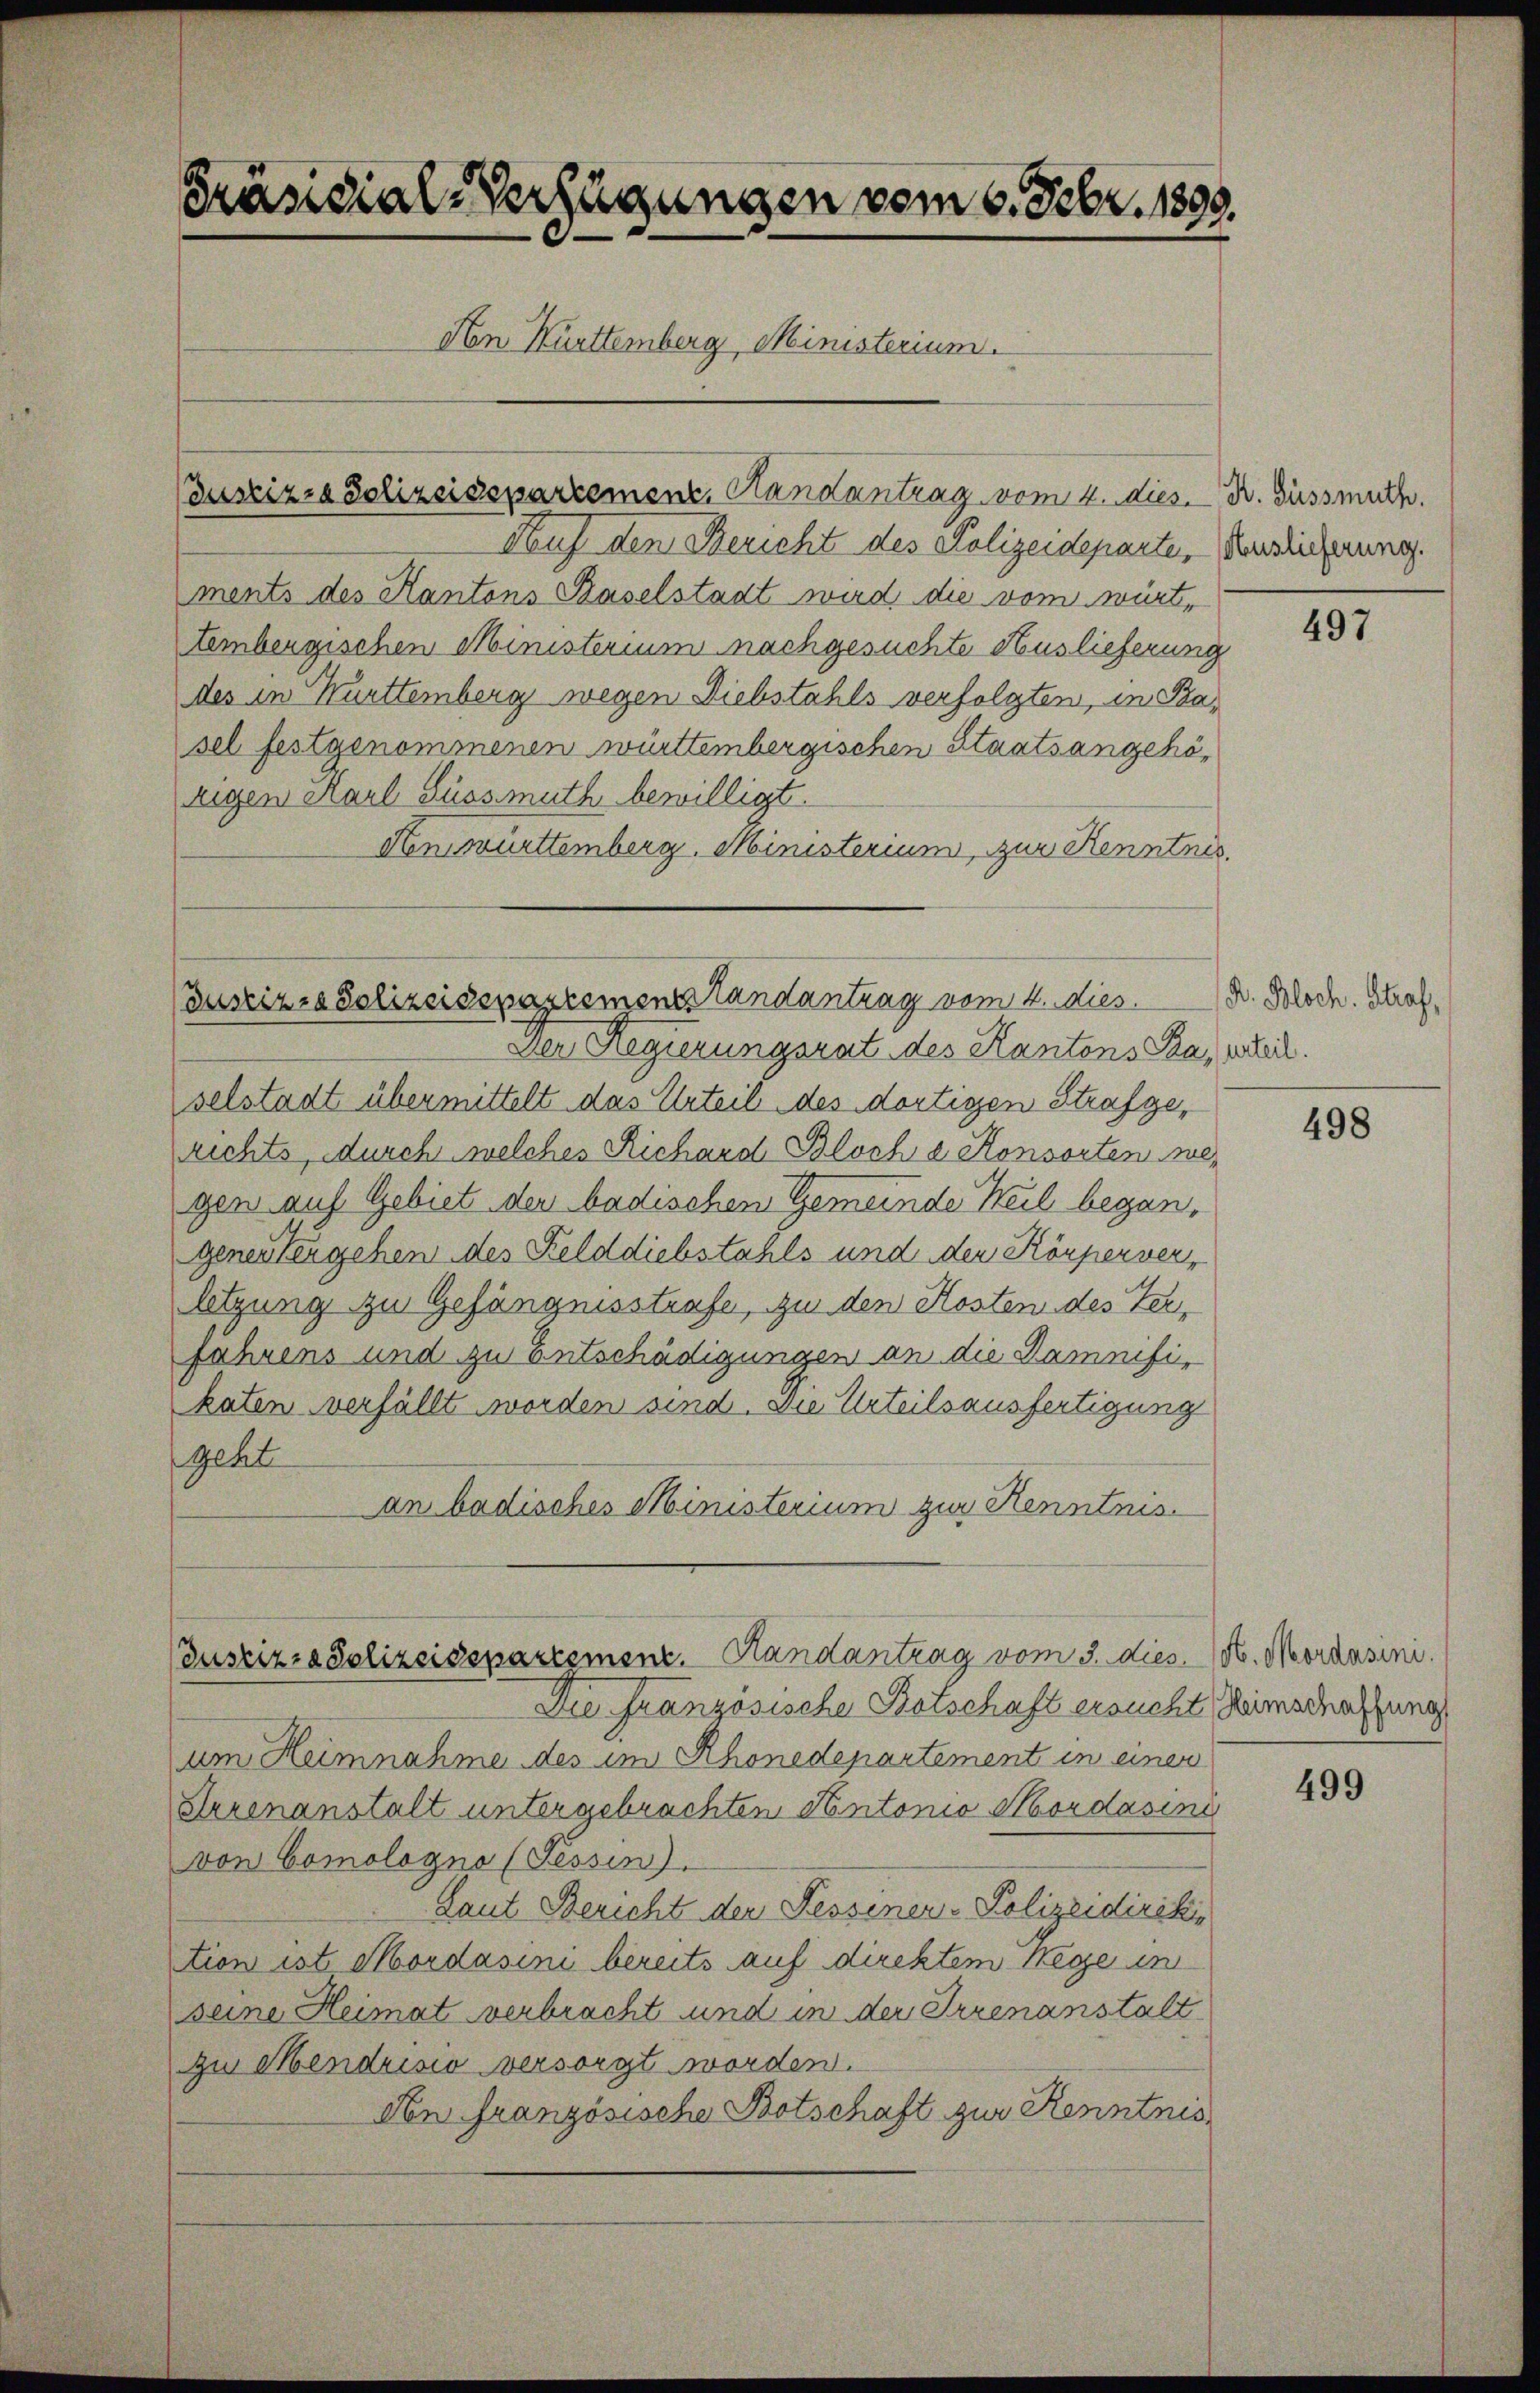
Präsidial-Verfügungen vom 6. Febr. 1899.
An Kurttemberg, Ministerium.
(Justizza Solizeidepartement, Handantrag vom 2. dies. Dr. Süssmuth.

Auf den Bericht des Polizeideparten Hauslieferung.
ments des Kantons Baselstadt wird, die vom württembergischen Ministerium nachgesuchte Auslieferung
des in Württemberg wegen Diebstahls verfolgten, in Basel festgenommenen württembergischen Staatsangehörigen Karl Lussmuth bewilligt.
Nenwürttemberg. Ministerium, zur Kenntnis.

Juszins Polizeidepartemenstandantrag vom 4. dies

Der Regierungsrat des Kantons Ba, petitl.
selstadt übermittelt das Urteil des dortigen Strafgerichts, durch welches Richard Bloch e Konsorten wegen auf Gebiet der badischen Gemeinde Weil begangenen Vergehen des Felddiebstahls und den Körperverletzung zu Gefängnisstrafe, zu den Kosten des Terfahrens und zu Entschädigungen an die Damnifikaten verfällt worden sind. Die Urteilsausfertigung
geht
an badisches Ministerium zur Kenntnis.

Die französische Botschaft ersucht Heimschaffung
um Heimnahme des im Rhonedepartement in einen
Serenanstalt untergebrachten Antonio Mordasine
von Comologno (Fessen).
Laut Bericht der Tessiner - Polizeidireki,
tion ist. Mordasini bereits auf direktem Wege in
seine Heimat verbracht und in der Irrenanstalt
zu Mendrisio versorgt worden.
Non Französische Botschaft zur Kenntnis

Justizra Polizeisepartement. Randantrag vom 5. dies. N. Mordasimi.

497

D. Bloch. Straf,

498

499